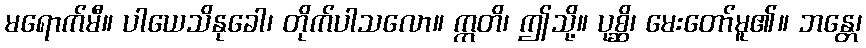
မရောက်မီ။ ပါယေသိနုခေါ၊ တိုက်ပါသလော။ ဣတိ၊ ဤသို့။ ပုစ္ဆိ၊ မေးတော်မူ၏။ ဘန္တေ၊